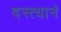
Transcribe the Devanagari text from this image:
दस्त्यानं